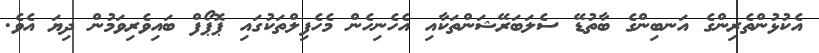
އެކުޅުންތެރިންގެ އަނބިންގެ ބާތުޑޭ ސެލަބަރޭޝަންތަކާއި އެހެނިހެން މެހެފިލްތަކުގައި ޕޮޕޯފް ބައިވެރިވަމުން ދިޔަ އެވެ.